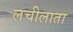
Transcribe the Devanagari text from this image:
लचीलाता